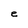
Character: e